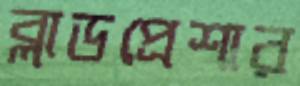
ব্লাডপ্রেশার